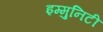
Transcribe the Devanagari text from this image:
इम्मुनिटी